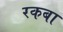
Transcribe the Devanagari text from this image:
रकबा